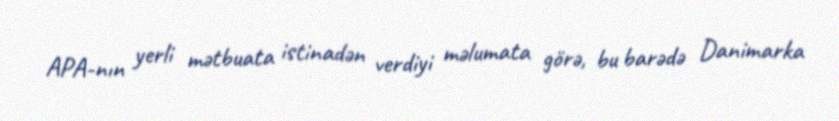
APA-nın yerli mətbuata istinadən verdiyi məlumata görə, bu barədə Danimarka